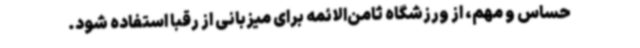
حساس و مهم‌، از ورزشگاه ثامن‌الائمه برای میزبانی از رقبا استفاده شود.